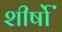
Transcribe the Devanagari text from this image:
शीर्षोॱ